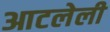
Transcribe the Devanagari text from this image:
आटलेली